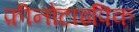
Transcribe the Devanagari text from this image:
फ़ीनोटाइपिक